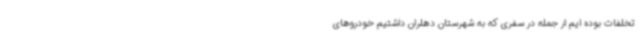
تخلفات بوده ایم از جمله در سفری که به شهرستان دهلران داشتیم خودروهای